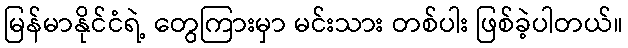
မြန်မာနိုင်ငံရဲ့ တွေကြားမှာ မင်းသား တစ်ပါး ဖြစ်ခဲ့ပါတယ်။